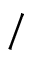
/